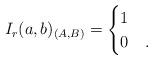
LaTeX: \begin{align*}I_{r}(a,b)_{(A,B)} = \begin{cases} 1 & \\ 0 & . \\ \end{cases}\end{align*}